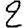
Digit: 2